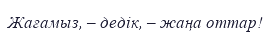
Жағамыз, – дедік, – жаңа оттар!